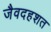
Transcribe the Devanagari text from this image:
जैवदहशत